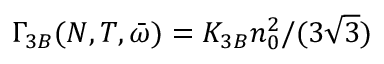
\Gamma _ { 3 B } ( N , T , \bar { \omega } ) = K _ { 3 B } n _ { 0 } ^ { 2 } / ( 3 \sqrt { 3 } )